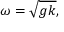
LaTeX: \omega = { \sqrt { g k } } ,